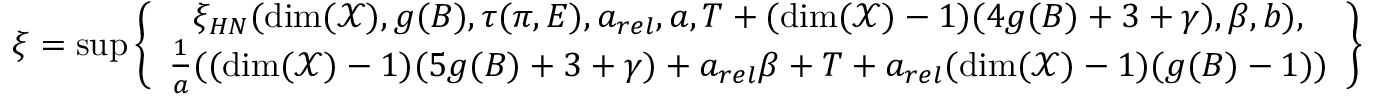
\xi = \operatorname* { s u p } \left\{ \begin{array} { c } { \xi _ { H N } ( \dim ( \mathcal { X } ) , g ( B ) , \tau ( \pi , E ) , a _ { r e l } , a , T + ( \dim ( \mathcal { X } ) - 1 ) ( 4 g ( B ) + 3 + \gamma ) , \beta , b ) , } \\ { \frac { 1 } { a } ( ( \dim ( \mathcal { X } ) - 1 ) ( 5 g ( B ) + 3 + \gamma ) + a _ { r e l } \beta + T + a _ { r e l } ( \dim ( \mathcal { X } ) - 1 ) ( g ( B ) - 1 ) ) } \end{array} \right\}